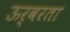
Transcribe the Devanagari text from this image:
ऊर्वरता